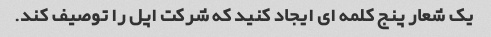
یک شعار پنج کلمه ای ایجاد کنید که شرکت اپل را توصیف کند.